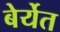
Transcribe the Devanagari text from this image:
बेर्येत